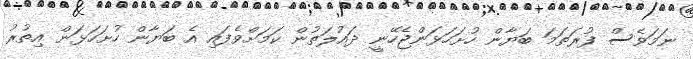
ނަމަވެސް ފުރަތަމަ ބަޔާން ހުށަހަޅަންޖެހޭނީ ދައުލަތުން ކަމަށްވެފައި އެ ބަޔާން ހުށަހަޅަން އިތުރު